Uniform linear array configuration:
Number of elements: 24
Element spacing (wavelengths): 0.75
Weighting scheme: hamming
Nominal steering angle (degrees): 30
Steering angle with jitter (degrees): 30.741
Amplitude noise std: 0.05
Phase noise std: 0.05

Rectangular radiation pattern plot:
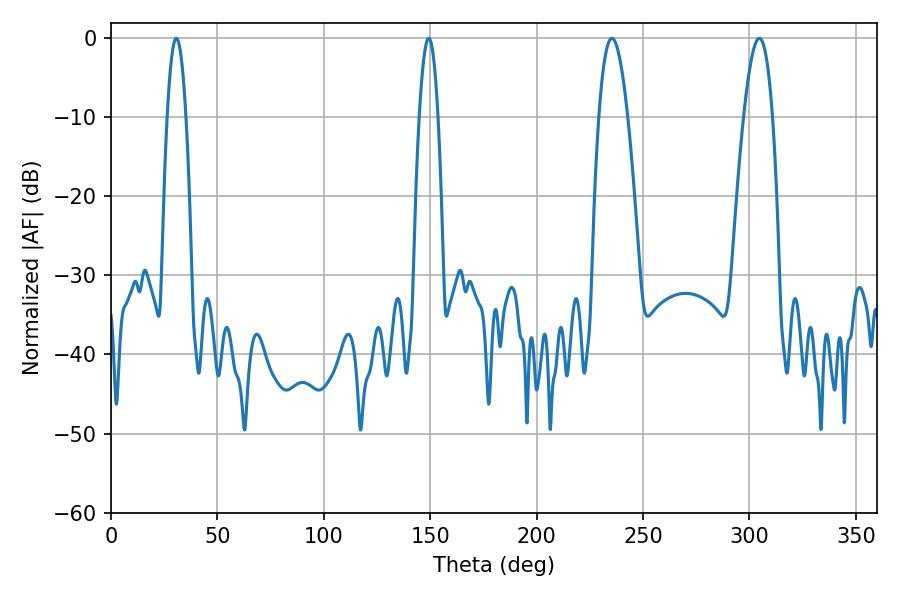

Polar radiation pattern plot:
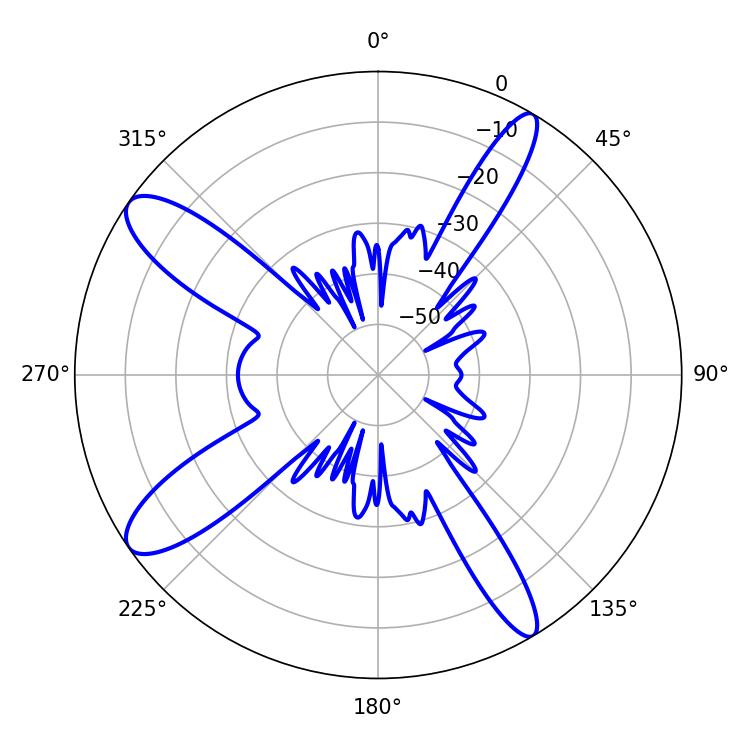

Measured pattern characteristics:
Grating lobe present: TRUE
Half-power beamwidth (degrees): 7.38
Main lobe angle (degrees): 304.56